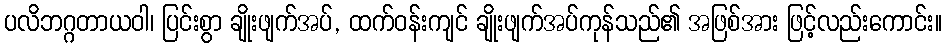
ပလိဘဂ္ဂတာယဝါ၊ ပြင်းစွာ ချိုးဖျက်အပ်, ထက်ဝန်းကျင် ချိုးဖျက်အပ်ကုန်သည်၏ အဖြစ်အား ဖြင့်လည်းကောင်း။